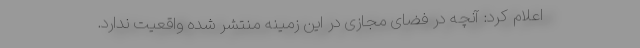
اعلام کرد: آنچه در فضای مجازی در این زمینه منتشر شده واقعیت ندارد.